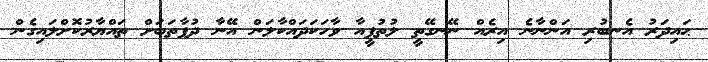
ޙައިދަރު އެނބުރި އަންނާނެ އިރެއް ނޭނގޭތީ ލުތުފީއާ ވާހަކަދައްކާލަން އޭނާ ދުފާތަބަށް ތައްޔާރުކޮށްލައިގެން